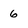
Character: 6